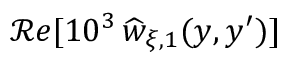
\mathcal { R } e [ 1 0 ^ { 3 } \, \widehat { w } _ { \xi , 1 } ( y , y ^ { \prime } ) ]